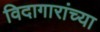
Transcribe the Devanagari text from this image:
विदागारांच्या